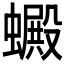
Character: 𧓇